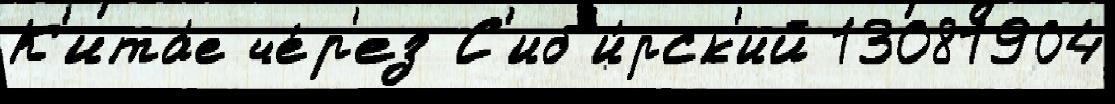
К'ита́е че́р'ез С'иб'и́рск'ий 13081904